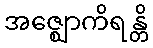
အဇ္ဈောကိရန္တိ